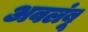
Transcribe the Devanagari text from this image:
अवलंबू